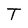
Character: T